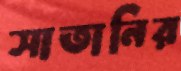
সাতানির